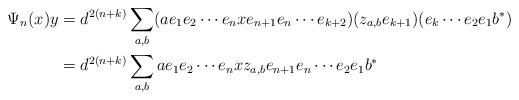
LaTeX: \begin{align*}\Psi_n(x)y&=d^{2(n+k)} \sum_{a,b} (a e_1 e_2\cdots e_{n}x e_{n+1}e_n \cdots e_{k+2})(z_{a,b}e_{k+1})(e_k \cdots e_2e_1 b^*)\\&=d^{2(n+k)} \sum_{a,b} a e_1 e_2\cdots e_{n}xz_{a,b} e_{n+1}e_n \cdots e_2e_1 b^*\end{align*}